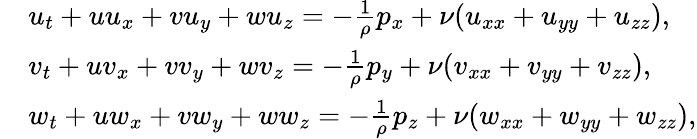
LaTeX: \begin{array}{rl}&{u_{t}+uu_{x}+vu_{y}+wu_{z}=-\frac{1}{\rho}p_{x}+\nu(u_{xx}+u_{yy}+u_{zz}),}\\ &{v_{t}+uv_{x}+vv_{y}+wv_{z}=-\frac{1}{\rho}p_{y}+\nu(v_{xx}+v_{yy}+v_{zz}),}\\ &{w_{t}+uw_{x}+vw_{y}+ww_{z}=-\frac{1}{\rho}p_{z}+\nu(w_{xx}+w_{yy}+w_{zz}),}\end{array}